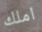
املك